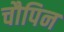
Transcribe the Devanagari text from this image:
चौपिन